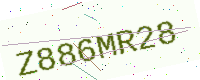
Text: Z886MR28